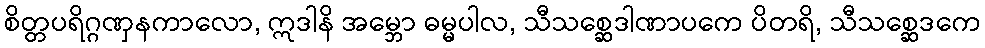
စိတ္တပရိဂ္ဂဏှနကာလော, ဣဒါနိ အမ္ဘော ဓမ္မပါလ, သီသစ္ဆေဒါဏာပကေ ပိတရိ, သီသစ္ဆေဒကေ